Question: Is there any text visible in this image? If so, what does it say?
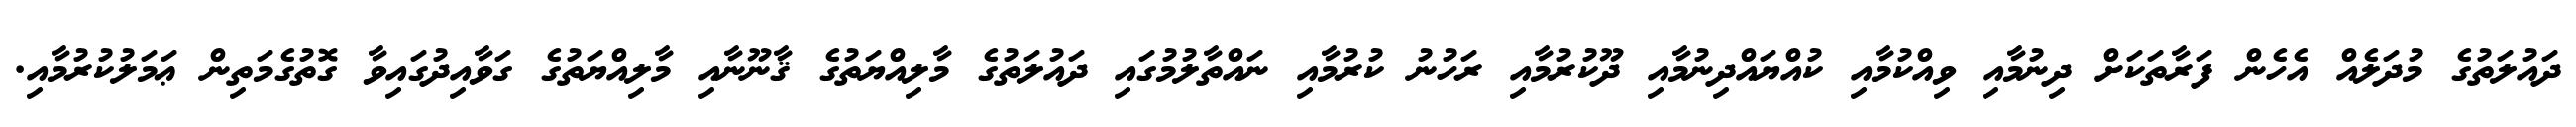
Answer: ދައުލަތުގެ މުދަލެއް އެހެން ފަރާތަކަށް ދިނުމާއި ވިއްކުމާއި ކުއްޔައްދިނުމާއި ދޫކުރުމާއި ރަހުނު ކުރުމާއި ނައްތާލުމުގައި ދައުލަތުގެ މާލިއްޔަތުގެ ޤާނޫނާއި މާލިއްޔަތުގެ ގަވާއިދުގައިވާ ގޮތުގެމަތިން ޢަމަލުކުރުމާއި.